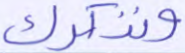
ونذكرك